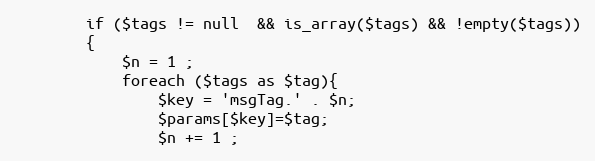
Language: PHP
        if ($tags != null  && is_array($tags) && !empty($tags))
        {
            $n = 1 ;
            foreach ($tags as $tag){
                $key = 'msgTag.' . $n;
                $params[$key]=$tag;
                $n += 1 ;